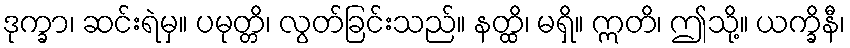
ဒုက္ခာ၊ ဆင်းရဲမှ။ ပမုတ္တိ၊ လွတ်ခြင်းသည်။ နတ္ထိ၊ မရှိ။ ဣတိ၊ ဤသို့။ ယက္ခိနီ၊